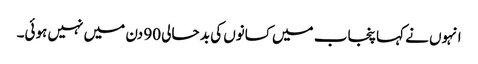
انہوں نے کہا پنجاب میں کسانوں کی بد حالی 90 دن میں نہیں ہوئی۔